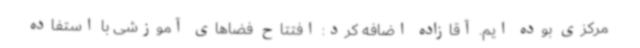
مرکزی بوده ایم. آقازاده اضافه کرد: افتتاح فضاهای آموزشی با استفاده